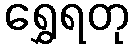
ရွှေရတု